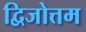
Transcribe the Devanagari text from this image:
द्विजोत्तम